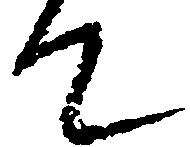
て